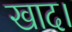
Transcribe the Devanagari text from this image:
खाद।